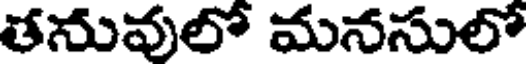
తనువులో మనసులో